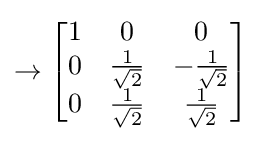
\to {\begin{bmatrix}1&0&0\\0&{\frac {1}{\sqrt {2}}}&-{\frac {1}{\sqrt {2}}}\\0&{\frac {1}{\sqrt {2}}}&{\frac {1}{\sqrt {2}}}\end{bmatrix}}